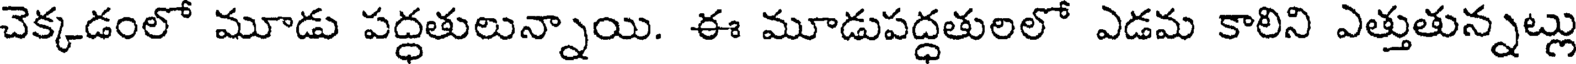
చెక్కడంలో మూడు పద్ధతులున్నాయి. ఈ మూడుపద్ధతులలో ఎడమ కాలిని ఎత్తుతున్నట్లు